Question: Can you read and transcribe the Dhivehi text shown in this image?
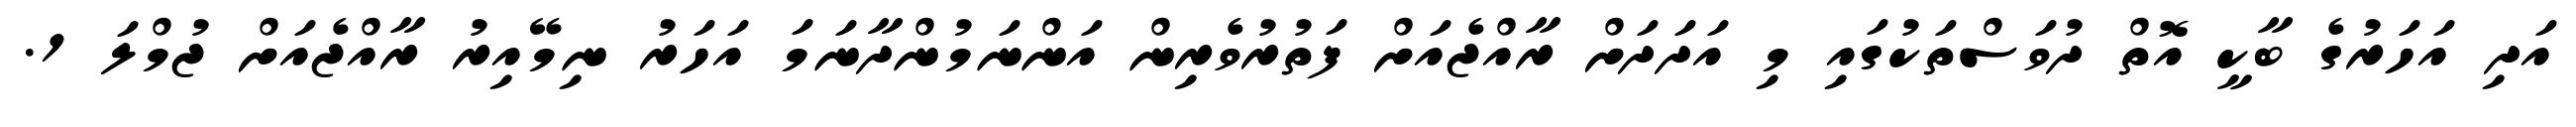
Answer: އަދި އަހަރުގެ ބާކީ އޮތް ދުވަސްތަކުގައި މި އަދަދަށް ރާއްޖެއަށް ފަތުރުވެރިން އަންނަމުންދާނަމަ އަހަރު ނިމޭއިރު ރާއްޖެއަށް ޖުމްލަ 1.